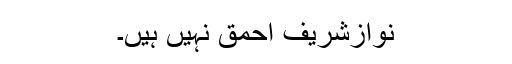
نوازشریف احمق نہیں ہیں۔